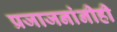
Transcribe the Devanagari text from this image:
प्रजाजनांनीही